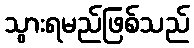
သွားရမည်ဖြစ်သည်